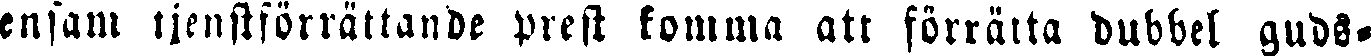
ensam tjenstförrättande prest komma att förrätta dubbel guds-